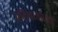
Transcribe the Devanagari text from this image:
प्रतिस्पर्ध्याच्याच